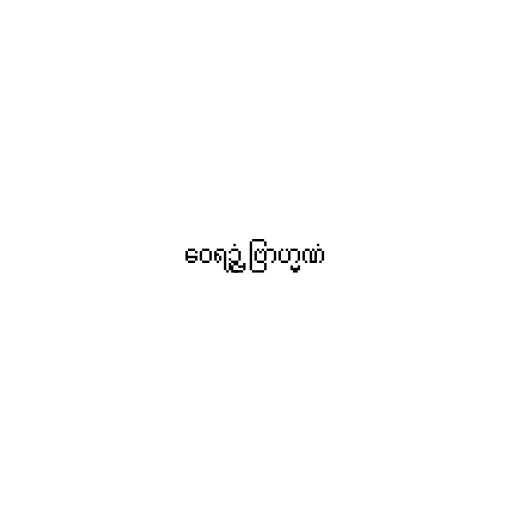
ဝေရဉ္ဇံ ဗြာဟ္မဏံ